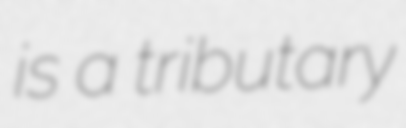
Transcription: is a tributary